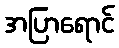
အပြာရောင်